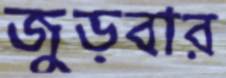
জুড়বার